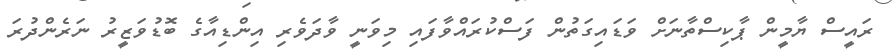
ރައީސް ޔާމީން ޕާކިސްތާނަށް ވަޑައިގަތުން ފަސްކުރައްވާފައި މިވަނީ ވާދަވެރި އިންޑިއާގެ ބޮޑުވަޒީރު ނަރެންދުރަ